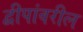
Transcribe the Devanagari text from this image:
द्वीपांवरील